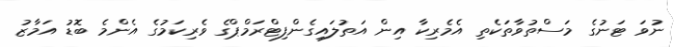
ނުވަ ޓަނުގެ މަސްތުވާތަކެތި އެމެރިކާ އިން އަތުލައިގެންފިޓްރަމްޕްގެ ވެރިކަމުގެ އެންމެ ބޮޑު އަމާޒު